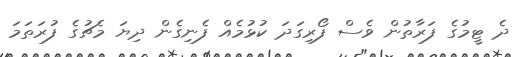
ދެ ޓީމުގެ ފަރާތުން ވެސް ފޯރިގަދަ ކުޅުމެއް ފެނިގެން ދިޔަ މެޗުގެ ފުރަތަމަ